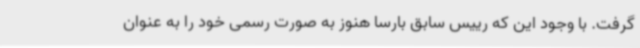
گرفت. با وجود این که رییس سابق بارسا هنوز به صورت رسمی خود را به عنوان